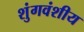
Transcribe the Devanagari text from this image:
शुंगवंशीय